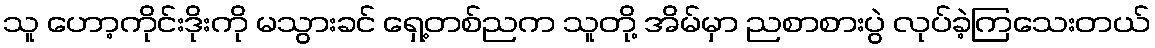
သူ ဟော့ကိုင်းဒိုးကို မသွားခင် ရှေ့တစ်ညက သူတို့ အိမ်မှာ ညစာစားပွဲ လုပ်ခဲ့ကြသေးတယ်